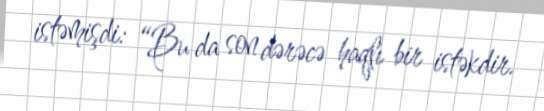
istəmişdi: “Bu da son dərəcə haqlı bir istəkdir.